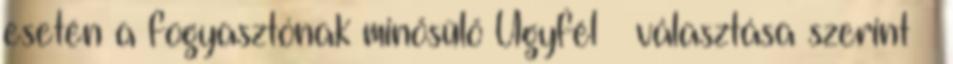
esetén a fogyasztónak minősülő Ügyfél – választása szerint –